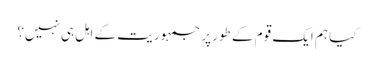
کیا ہم ایک قوم کے طور پر جمہوریت کے اہل ہی نہیں؟